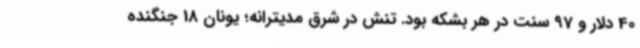
40 دلار و 97 سنت در هر بشکه بود. تنش در شرق مدیترانه؛ یونان 18 جنگنده